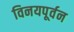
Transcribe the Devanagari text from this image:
विनयपूर्वन